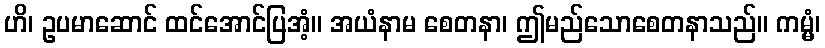
ဟိ၊ ဥပမာဆောင် ထင်အောင်ပြအံ့။ အယံနာမ စေတနာ၊ ဤမည်သောစေတနာသည်။ ကမ္မံ၊